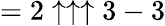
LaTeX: =2\uparrow\uparrow\uparrow 3-3